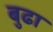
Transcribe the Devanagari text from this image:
बुढा